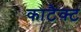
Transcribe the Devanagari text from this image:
काटैक्ट